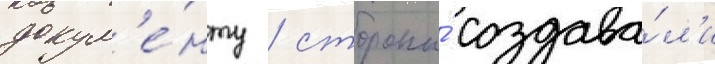
докум'е́нту / стороны́ создава́л'и